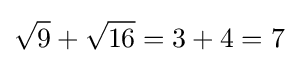
{\sqrt {9}}+{\sqrt {16}}=3+4=7